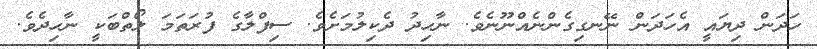
ހަދަން ދިޔައީ އެހަދަން ނޭނގިގެންނެއްނޫނެވެ. ނާހިދު ދެކިލުމަށެވެ. ސިފްލާގެ ފުރަތަމަ ލޯތްބަކީ ނާހިދެވެ.